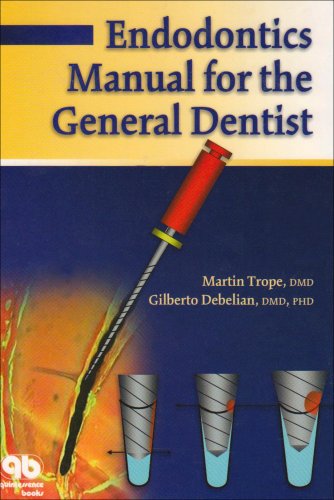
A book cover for Endodontics Manual for the General Dentist; Martin Trope; Medical Books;